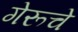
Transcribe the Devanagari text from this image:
गेरूचे